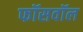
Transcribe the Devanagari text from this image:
फॉसवॉल